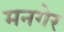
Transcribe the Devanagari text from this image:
मनगेर